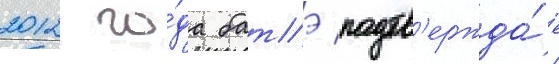
2012 го́да батэ подтв'ержда́ет